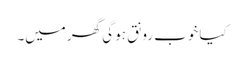
کیا خوب رونق ہو گی گھر میں۔